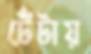
টেঁটায়